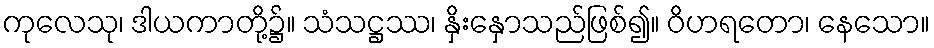
ကုလေသု၊ ဒါယကာတို့၌။ သံသဋ္ဌဿ၊ နှိးနှောသည်ဖြစ်၍။ ဝိဟရတော၊ နေသော။